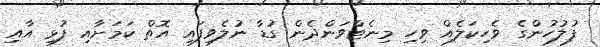
ފުލުހުންގެ ވެހިކަލެއް ވިހި މިނެޓްވަންދެން ގުޑާ ނުލެވިފައި އޮތް ކަމަށާއި ފުޅި އާއި